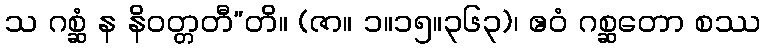
သ ဂစ္ဆံ န နိဝတ္တတီ”တိ။ (ဇာ။ ၁။၁၅။၃၆၃)၊ ဧဝံ ဂစ္ဆတော စဿ